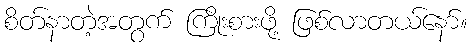
စိတ်နာတဲ့အတွက် ကြိုးစားဖို့ ဖြစ်လာတယ်နော်။